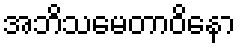
အဘိသမေတာဝိနော